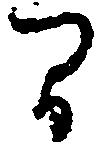
間